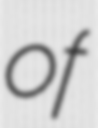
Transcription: of